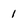
Character: 1